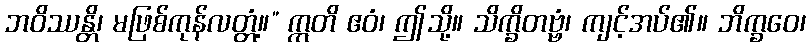
ဘဝိဿန္တိ၊ မဖြစ်ကုန်လတ္တံ့။” ဣတိ ဧဝံ၊ ဤသို့။ သိက္ခိတဗ္ဗံ၊ ကျင့်အပ်၏။ ဘိက္ခဝေ၊